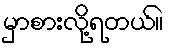
မှာစားလို့ရတယ်။